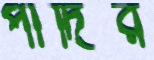
পাদির